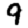
Digit: 9